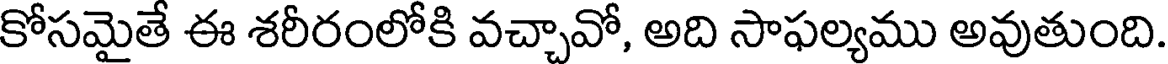
కోసమైతే ఈ శరీరంలోకి వచ్చావో, అది సాఫల్యము అవుతుంది